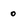
Character: 0